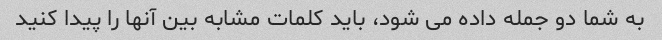
به شما دو جمله داده می شود، باید کلمات مشابه بین آنها را پیدا کنید